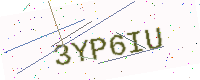
Text: 3YP6IU